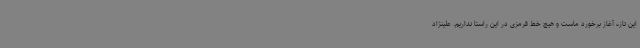
این تازه آغاز برخورد ماست و هیچ خط قرمزی در این راستا نداریم. علینژاد